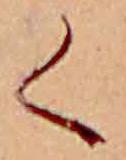
く